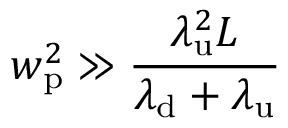
w _ { \mathrm { p } } ^ { 2 } \gg \frac { \lambda _ { \mathrm { u } } ^ { 2 } L } { \lambda _ { \mathrm { d } } + \lambda _ { \mathrm { u } } }